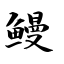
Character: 鳗